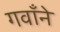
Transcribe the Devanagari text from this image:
गवाँने